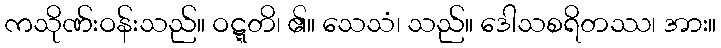
ကသိုဏ်းဝန်းသည်။ ဝဋ္ဋတိ၊ ၏။ သေသံ၊ သည်။ ဒေါသစရိတဿ၊ အား။